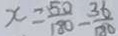
x = \frac { 5 0 } { 1 8 0 } - \frac { 3 6 } { 1 8 0 }